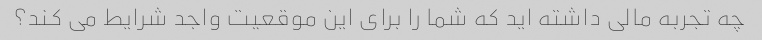
چه تجربه مالی داشته اید که شما را برای این موقعیت واجد شرایط می کند؟